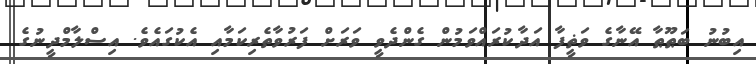
އިބުނު ބަޠޫޠާ އޭނާގެ ވަޡީފާ އަދާކުރައްވަމުން ގެންދެވީ ވަރަށް ފަރުވާތެރިކަމާއި އެކުގައެވެ. އިސްލާމްދީނުގެ